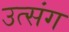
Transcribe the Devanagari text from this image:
उत्संग